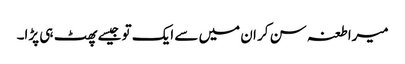
میرا طعنہ سن کر ان میں سے ایک تو جیسے پھٹ ہی پڑا۔